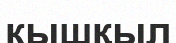
кышқыл